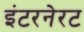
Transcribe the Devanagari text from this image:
इंटरनेरट